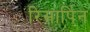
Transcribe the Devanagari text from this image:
रिसार्पिन